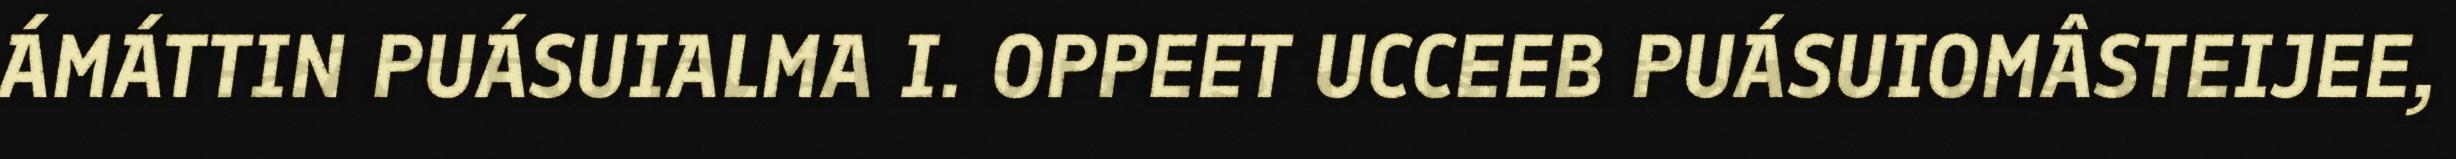
ÁMÁTTIN PUÁSUIALMA I. OPPEET UCCEEB PUÁSUIOMÂSTEIJEE,